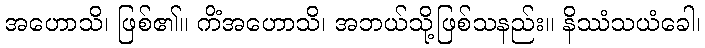
အဟောသိ၊ ဖြစ်၏။ ကိံအဟောသိ၊ အဘယ်သို့ဖြစ်သနည်း။ နိဿံသယံခေါ၊